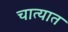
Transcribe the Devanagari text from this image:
चात्यात